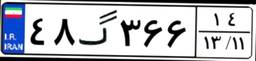
۶۴گ۵۷۲۳۸